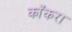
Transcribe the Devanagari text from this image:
काँकरा